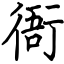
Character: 衙